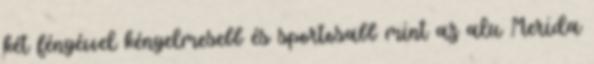
két fényévvel kényelmesebb és sportosabb mint az alu Merida